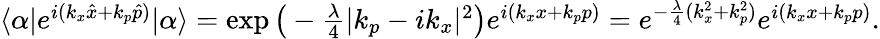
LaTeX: \begin{array}{r}{\langle\alpha|e^{i(k_{x}\hat{x}+k_{p}\hat{p})}|\alpha\rangle=\exp\big(-\frac{\lambda}{4}|k_{p}-ik_{x}|^{2}\big)e^{i(k_{x}x+k_{p}p)}=e^{-\frac{\lambda}{4}(k_{x}^{2}+k_{p}^{2})}e^{i(k_{x}x+k_{p}p)}.}\end{array}